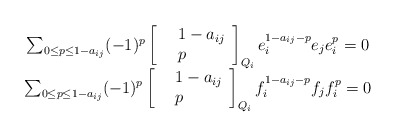
\begin{align*} \begin{array}{c} \sum_{0\le p \le 1-a_{ij}} (-1)^{p} \left[ \begin{array}{clcr} &1-a_{ij}\\ &p \end{array} \right]_{Q_{i}}e_{i}^{1-a_{ij}-p} e_{j} e_{i}^{p}= 0\\ \sum_{0\le p \le 1-a_{ij}} (-1)^{p} \left[ \begin{array}{clcr} &1-a_{ij} \\&p \end{array} \right]_{Q_{i}}f_{i}^{1-a_{ij}-p} f_{j} f_{i}^{p} =0 \end{array}\end{align*}